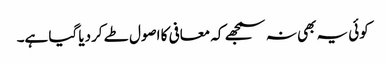
کوئی یہ بھی نہ سمجھے کہ معافی کا اصول طے کردیا گیا ہے۔